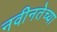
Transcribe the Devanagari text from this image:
नवीनतेच्या